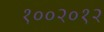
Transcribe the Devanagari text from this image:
१००२०१२